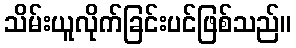
သိမ်းယူလိုက်ခြင်းပင်ဖြစ်သည်။